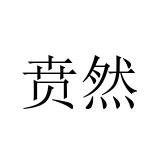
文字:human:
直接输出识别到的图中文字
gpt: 贲然